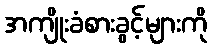
အကျိုးခံစားခွင့်များကို